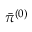
\bar { \pi } ^ { ( 0 ) }